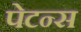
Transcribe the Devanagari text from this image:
पेटन्स